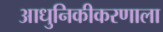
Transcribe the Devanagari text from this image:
आधुनिकीकरणाला